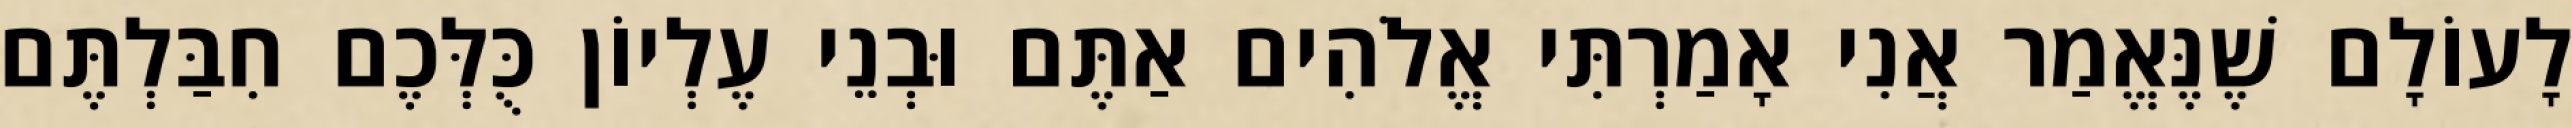
לָעוֹלָם שֶׁנֶּאֱמַר אֲנִי אָמַרְתִּי אֱלֹהִים אַתֶּם וּבְנֵי עֶלְיוֹן כֻּלְּכֶם חִבַּלְתֶּם